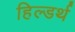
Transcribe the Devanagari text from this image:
हिल्डर्थ